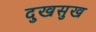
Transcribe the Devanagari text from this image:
दुखसुख